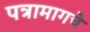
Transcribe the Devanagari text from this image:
पत्रामागचे